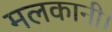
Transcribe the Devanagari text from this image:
मलकानी।